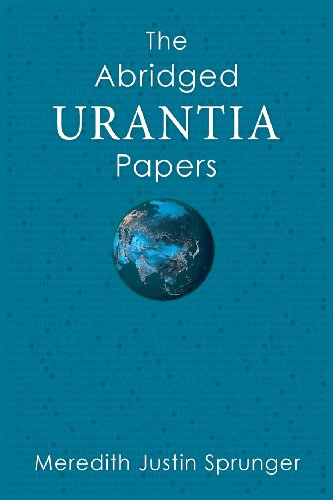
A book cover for The Abridged Urantia Papers; Meredith Justin Sprunger; Religion & Spirituality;